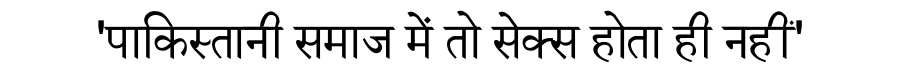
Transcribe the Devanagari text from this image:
'पाकिस्तानी समाज में तो सेक्स होता ही नहीं'